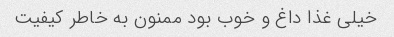
خیلی غذا داغ و خوب بود ممنون به خاطر کیفیت